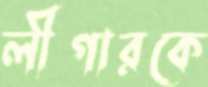
লীগারকে